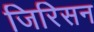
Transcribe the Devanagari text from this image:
जिरिसन